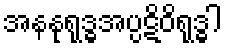
အနနုရုဒ္ဓအပ္ပဋိဝိရုဒ္ဓါ